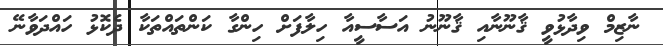
ނާޒިމް ވިދާޅުވީ ޤާނޫނާއި ޤާނޫނު އަސާސީއާ ހިލާފަށް ހިންގާ ކަންތައްތަކާ ދެކޮޅު ހައްދަވާނޭ